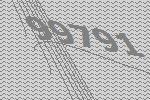
99791